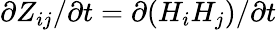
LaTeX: \partial Z_{ij}/\partial t=\partial(H_{i}H_{j})/\partial t